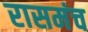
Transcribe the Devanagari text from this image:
रासमंच